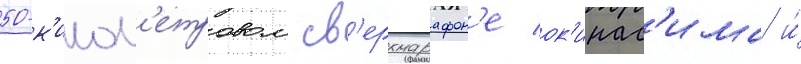
50-к'илом'етровом св'ерхмарафон'е ок'инас'има и́